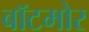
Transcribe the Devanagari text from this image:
बॉटमोर